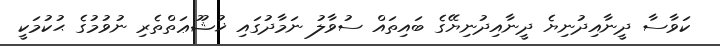
ކަވާސާ ދީނާއިދުނިޔެ ދީނާއިދުނިޔޭގެ ބައިތައް ސުވާލު ނަމާދުގައި ޚުޝޫޢަތްތެރި ނުވުމުގެ ޙުކުމަކީ